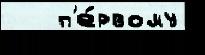
   п'е́рвому